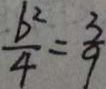
\frac { b ^ { 2 } } { 4 } = \frac { 3 } { 9 }